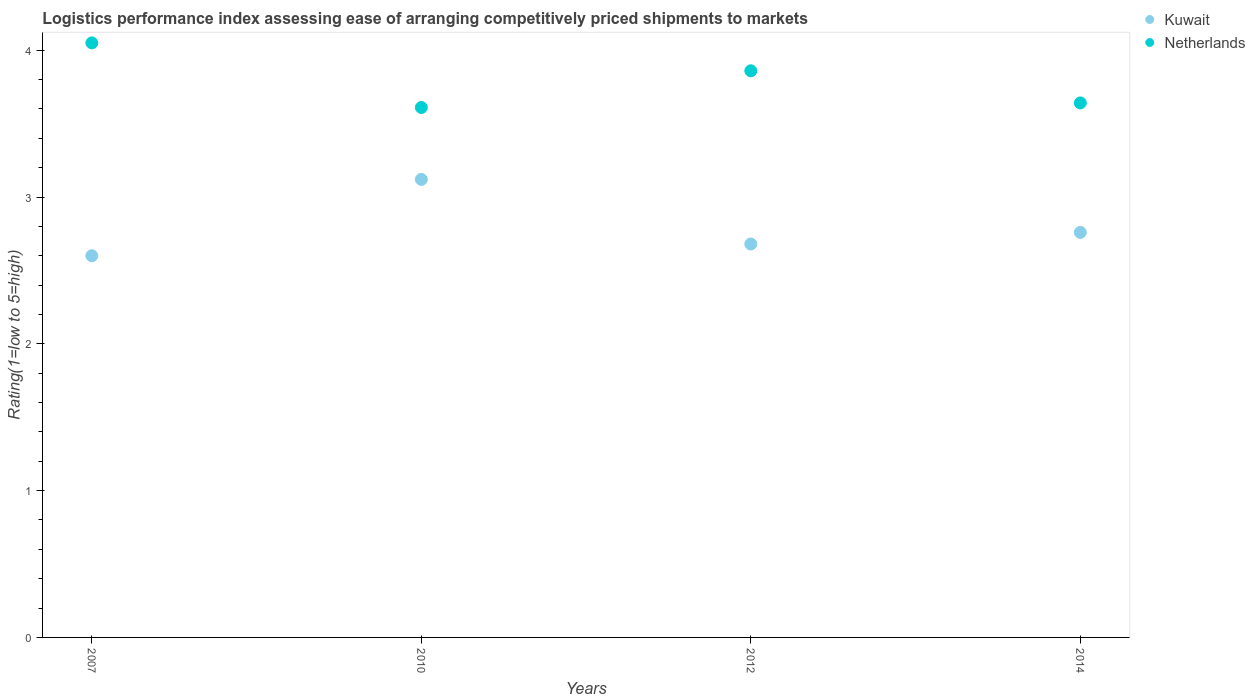
| Years | Kuwait | Netherlands |
 | --- | --- | --- |
 | 2007 | 2.6 | 4.05 |
 | 2010 | 3.12 | 3.61 |
 | 2012 | 2.68 | 3.86 |
 | 2014 | 2.76 | 3.64 |